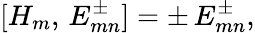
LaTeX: [H_{m},\, E_{mn}^{\pm}]=\pm\, E_{mn}^{\pm},